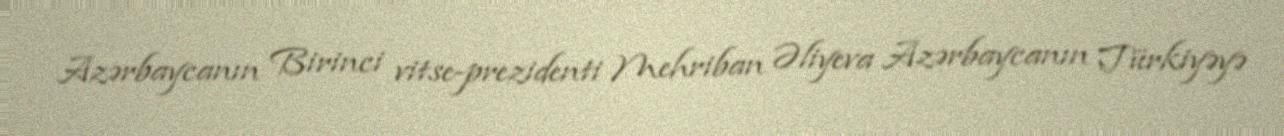
Azərbaycanın Birinci vitse-prezidenti Mehriban Əliyeva Azərbaycanın Türkiyəyə